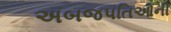
અબજપતિઓની